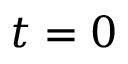
t = 0